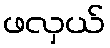
ဖလှယ်